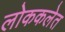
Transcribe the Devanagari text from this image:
लोककलेत